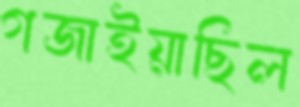
গজাইয়াছিল